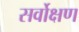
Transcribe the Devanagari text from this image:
सर्वोक्षण